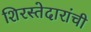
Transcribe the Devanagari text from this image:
शिरस्तेदारांची